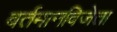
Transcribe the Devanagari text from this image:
वर्तमानविजेता